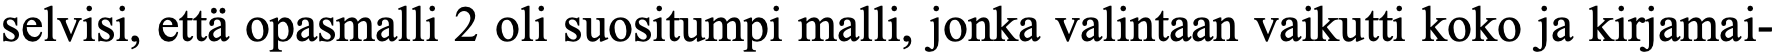
selvisi, että opasmalli 2 oli suositumpi malli, jonka valintaan vaikutti koko ja kirjamai-